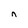
Character: n